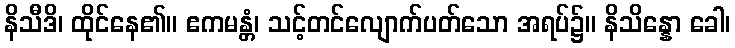
နိသီဒိ၊ ထိုင်နေ၏။ ဧကမန္တံ၊ သင့်တင်လျောက်ပတ်သော အရပ်၌။ နိသိန္နော ခေါ၊